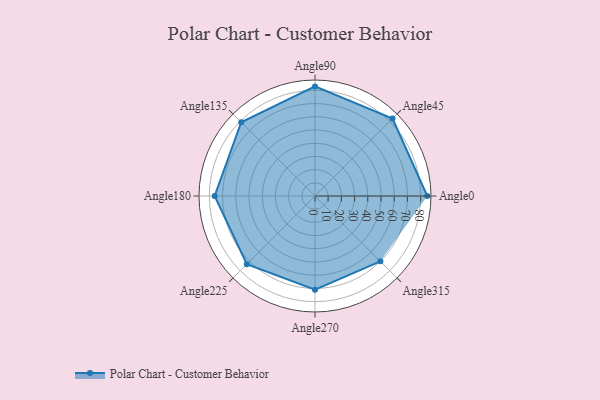
{"axis": {"x": "Angle", "y": "Radius"}, "legend": [""], "data": [{"x": "Angle0", "y": 85.0, "type": ""}, {"x": "Angle45", "y": 83.0, "type": ""}, {"x": "Angle90", "y": 83.0, "type": ""}, {"x": "Angle135", "y": 79.0, "type": ""}, {"x": "Angle180", "y": 76.0, "type": ""}, {"x": "Angle225", "y": 73.0, "type": ""}, {"x": "Angle270", "y": 71.0, "type": ""}, {"x": "Angle315", "y": 70.0, "type": ""}]}